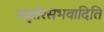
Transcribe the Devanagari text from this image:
प्रवृत्तेरसंभवादिति